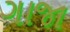
ગાજા